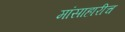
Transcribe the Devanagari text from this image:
मांसाहारीच